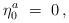
LaTeX: \begin{align*} \eta^a_0 \ = \ 0 \,,\end{align*}